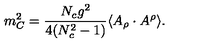
m _ { C } ^ { 2 } = \frac { N _ { c } g ^ { 2 } } { 4 ( N _ { c } ^ { 2 } - 1 ) } \langle A _ { \rho } \cdot A ^ { \rho } \rangle .